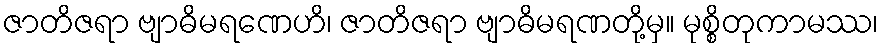
ဇာတိဇရာ ဗျာဓိမရဏေဟိ၊ ဇာတိဇရာ ဗျာဓိမရဏတို့မှ။ မုစ္စိတုကာမဿ၊